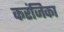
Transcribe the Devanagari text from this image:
करंजिका